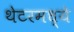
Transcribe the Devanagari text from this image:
थेटरमध्ये